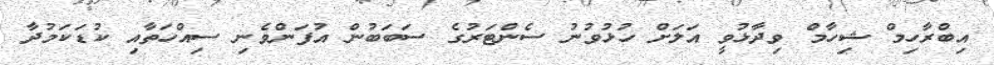
އިބްރާހިމް ޝިހާމް ވިދާޅުވީ އަލަށް ހުޅުވުނު ސެންޓަރުގެ ސަބަބުން އުފަންވެނި ސިއްހަތާއި ކުޑަކަމުދާ